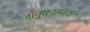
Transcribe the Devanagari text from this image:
जानुकात्मक